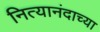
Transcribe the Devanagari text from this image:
नित्यानंदाच्या